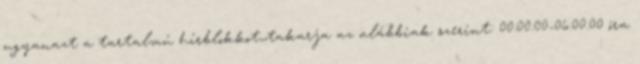
ugyanazt a tartalmú hírblokkot,,takarja az alábbiak szerint: 00:00:00-06:00:00 óra